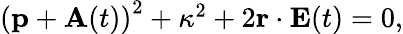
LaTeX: \begin{array}{r}{\left(\mathbf{p}+\mathbf{A}(t)\right)^{2}+\kappa^{2}+2\mathbf{r}\cdot\mathbf{E}(t)=0,}\end{array}